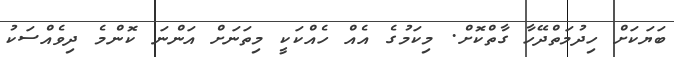
ބަޔަކަށް ހިދުމަތްދޭހާ ގާތްކޮށް. މިކަމުގެ އެއް ހެއްކަކީ މިތަނަށް އަންނަ ކޮންމެ ދިވެއްސަކު